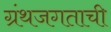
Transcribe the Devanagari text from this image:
ग्रंथजगताची